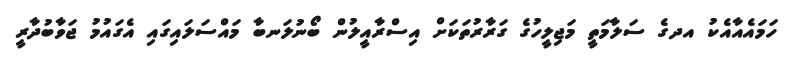
ހަމައެއާއެކު އދގެ ސަލާމަތީ މަޖިލީހުގެ ގަރާރުތަކަށް އިސްރާއީލުން ބޯނުލަނބާ މައްސަލައިގައި އެގައުމު ޖަވާބުދާރީ